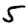
Digit: 5